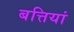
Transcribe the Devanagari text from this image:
बत्तियां